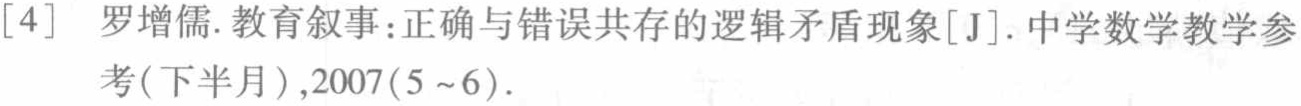
[4] 罗增儒. 教育叙事:正确与错误共存的逻辑矛盾现象[J]. 中学数学教学参考(下半月),2007(5~6).